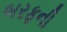
બરફની